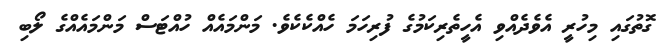
ގޮތުގައި މިހުރީ އެވެދެއްވި އެހީތެރިކަމުގެ ފުރިހަމަ ހެއްކެކެވެ. މަންމައެއް ހުއްޓަސް މަންމައެއްގެ ލޯބި